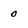
Character: 0